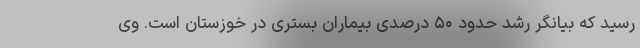
رسید که بیانگر رشد حدود ۵۰ درصدی بیماران بستری در خوزستان است. وی